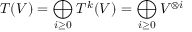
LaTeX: T ( V ) = \bigoplus _ { i \geq 0 } T ^ { k } ( V ) = \bigoplus _ { i \geq 0 } V ^ { \otimes i }